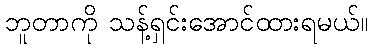
ဘူတာကို သန့်ရှင်းအောင်ထားရမယ်။